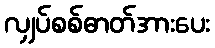
လျှပ်စစ်ဓာတ်အားပေး